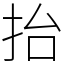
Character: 抬